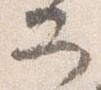
二